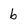
Character: b